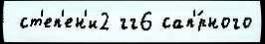
 ст'еп'ен'и2 гг6 сап'́рного